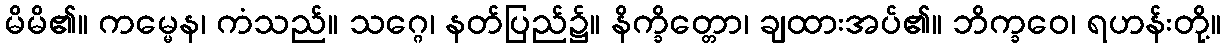
မိမိ၏။ ကမ္မေန၊ ကံသည်။ သဂ္ဂေ၊ နတ်ပြည်၌။ နိက္ခိတ္တော၊ ချထားအပ်၏။ ဘိက္ခဝေ၊ ရဟန်းတို့။